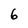
Character: 6